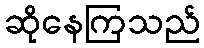
ဆိုနေကြသည်